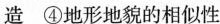
造④地形地貌的相似性